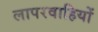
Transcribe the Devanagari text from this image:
लापरवाहियों